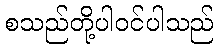
စသည်တို့ပါဝင်ပါသည်